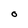
Character: O